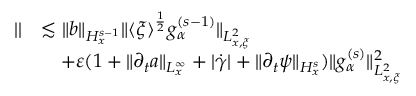
\begin{array} { r l } { | | } & { \lesssim \| b \| _ { H _ { x } ^ { s - 1 } } \| \langle \xi \rangle ^ { \frac { 1 } { 2 } } g _ { \alpha } ^ { ( s - 1 ) } \| _ { L _ { x , \xi } ^ { 2 } } } \\ & { \quad + \varepsilon ( 1 + \| \partial _ { t } a \| _ { L _ { x } ^ { \infty } } + | \dot { \gamma } | + \| \partial _ { t } \psi \| _ { H _ { x } ^ { s } } ) \| g _ { \alpha } ^ { ( s ) } \| _ { L _ { x , \xi } ^ { 2 } } ^ { 2 } } \end{array}